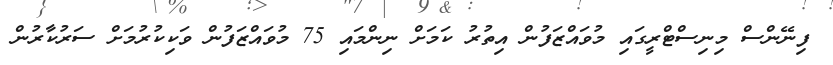
ފިނޭންސް މިނިސްޓްރީގައި މުވައްޒަފުން އިތުރު ކަމަށް ނިންމައި 75 މުވައްޒަފުން ވަކިކުރުމަށް ސަރުކާރުން